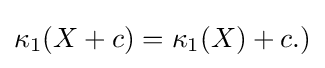
{\textstyle \kappa _{1}(X+c)=\kappa _{1}(X)+c.)}